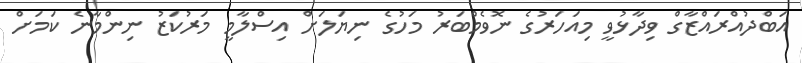
އަބްދުއްރައްޒާގް ވިދާޅުވީ މިއަހަރުގެ ނޮވެމްބަރު މަހުގެ ނިޔަލަށް އިސްލާމީ މަރުކަޒު ނިންމާނެ ކަމަށް